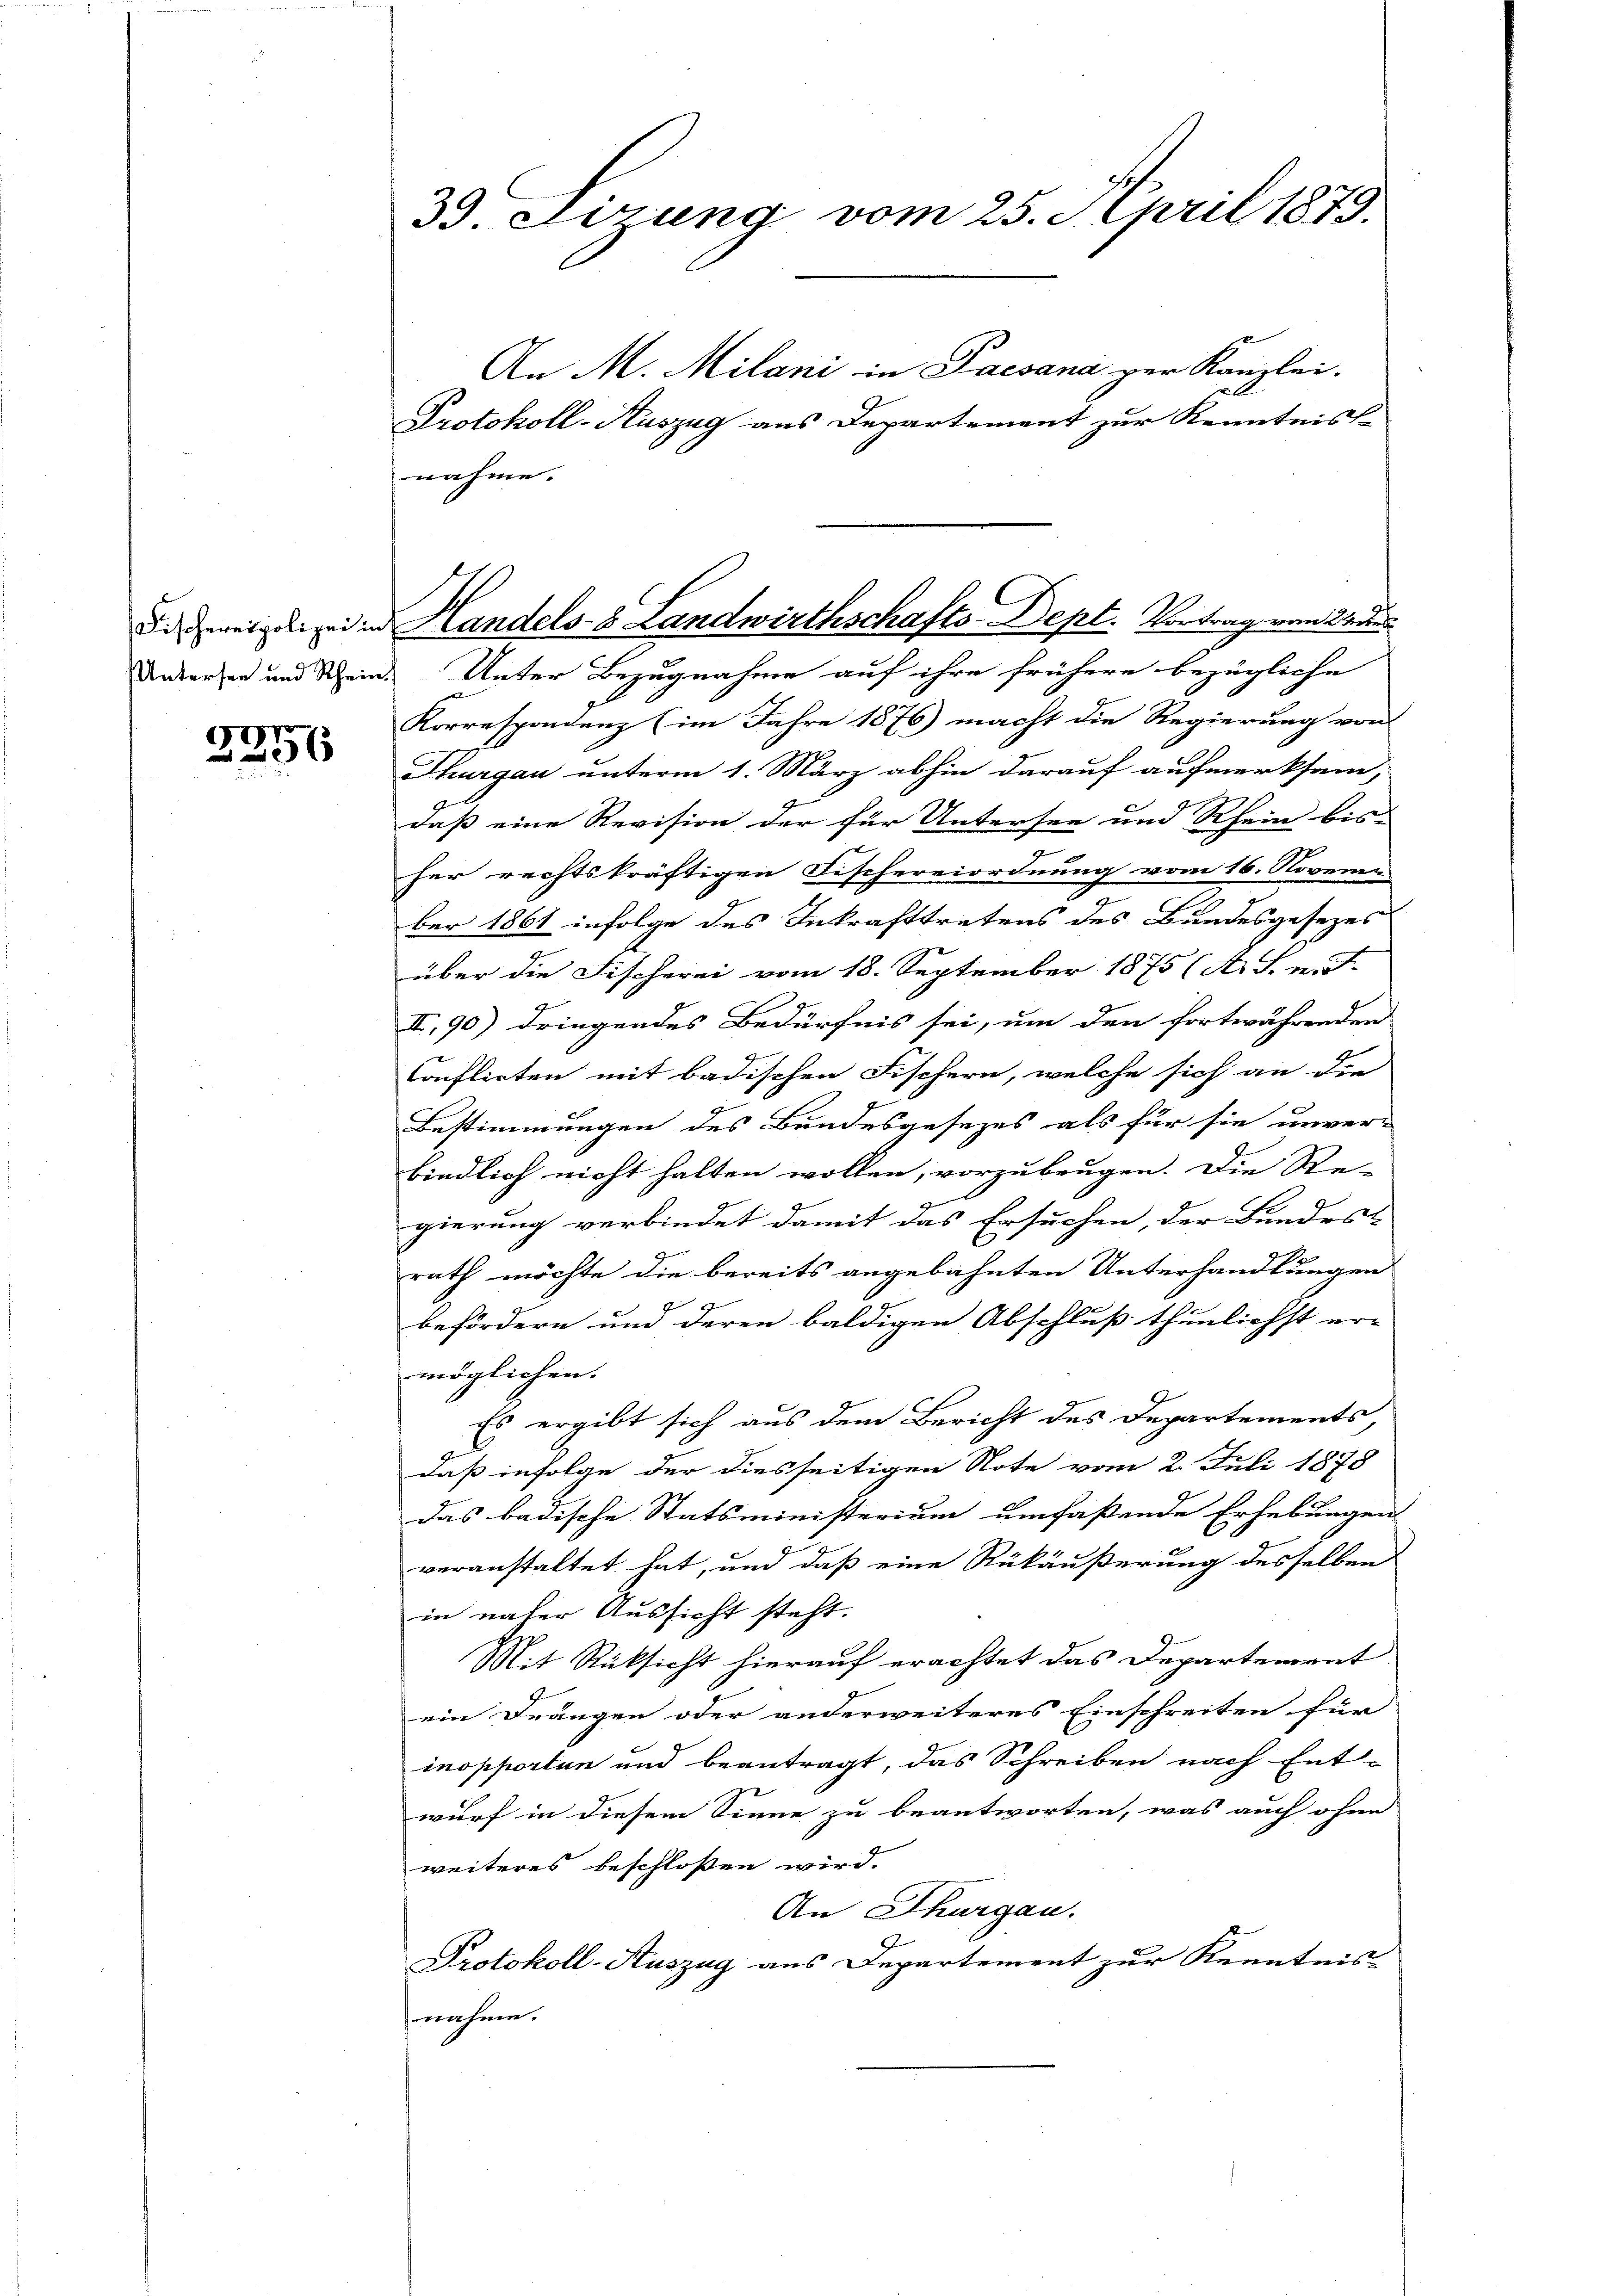
57)
256

39. Sirung vom 25. April 1879.

An M. Milani in Pacsana per Kanzlei.
Protokoll-Kuszug aus Departement zur Kenntnisse
nahme.
Ueberzen und Schein. Unter Bezugnahme auf ihre frühere bezügliche |
Korrespondenz (im Jahre 1876) macht die Regierung von
Thurgau unterm 1. März abhin darauf aufmerksam,
daß eine Revision der für Untersee und Rhein bis-
her rechtskräftigen Fischereiordnung vom 16. Novenu
ber 1861 infolge des Inkrafttretens des Bundesgesezes
über die Fischerei vom 18. September 1875 (A. S. n. F.
II,90) dringendes Bedürfnis sei, um den fortwährenden
Conflicten mit badischen Fischern, welche sich an die
Bestimmungen des Bundesgesezes als für sie unver-
bindlich nicht halten wollen, vorzubeugen. Die Re-
gierung verbindet damit das Ersuchen, der Bundess
rath möchte die bereits angebahnten Unterhandlungen
G
befördern und deren baldigen Abschluß thunlichst er-
möglichen.
Es ergibt sich aus dem Bericht des Departements,
daß infolge der diesseitigen Note vom 2. Juli 1878
das badische Statsministerium umfaßende Erhebungen
veranstaltet hat, und daß eine Rükäußerung desselben
in vater Aussicht steht.
Mit Rüksicht hierauf erachtet das Departement
ein Drängen oder anderweiteres Einschreiten für
inopportan und beantragt, das Schreiben nach Entwurf in diesem Sinne zu beantworten, was auch ohne
weiteres beschloßen wird.
An Thurgau.
Protokoll-Auszug aus Departement zur Kenntnis
nahme.

Dieweigen sei in Handels- & Landwirthschafts-Dept. Vortrag vom Todes